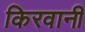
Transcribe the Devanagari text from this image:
किरवानी